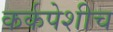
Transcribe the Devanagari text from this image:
कर्कपेशीच